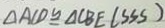
\Delta A C D \cong \Delta C B E ( S S S )